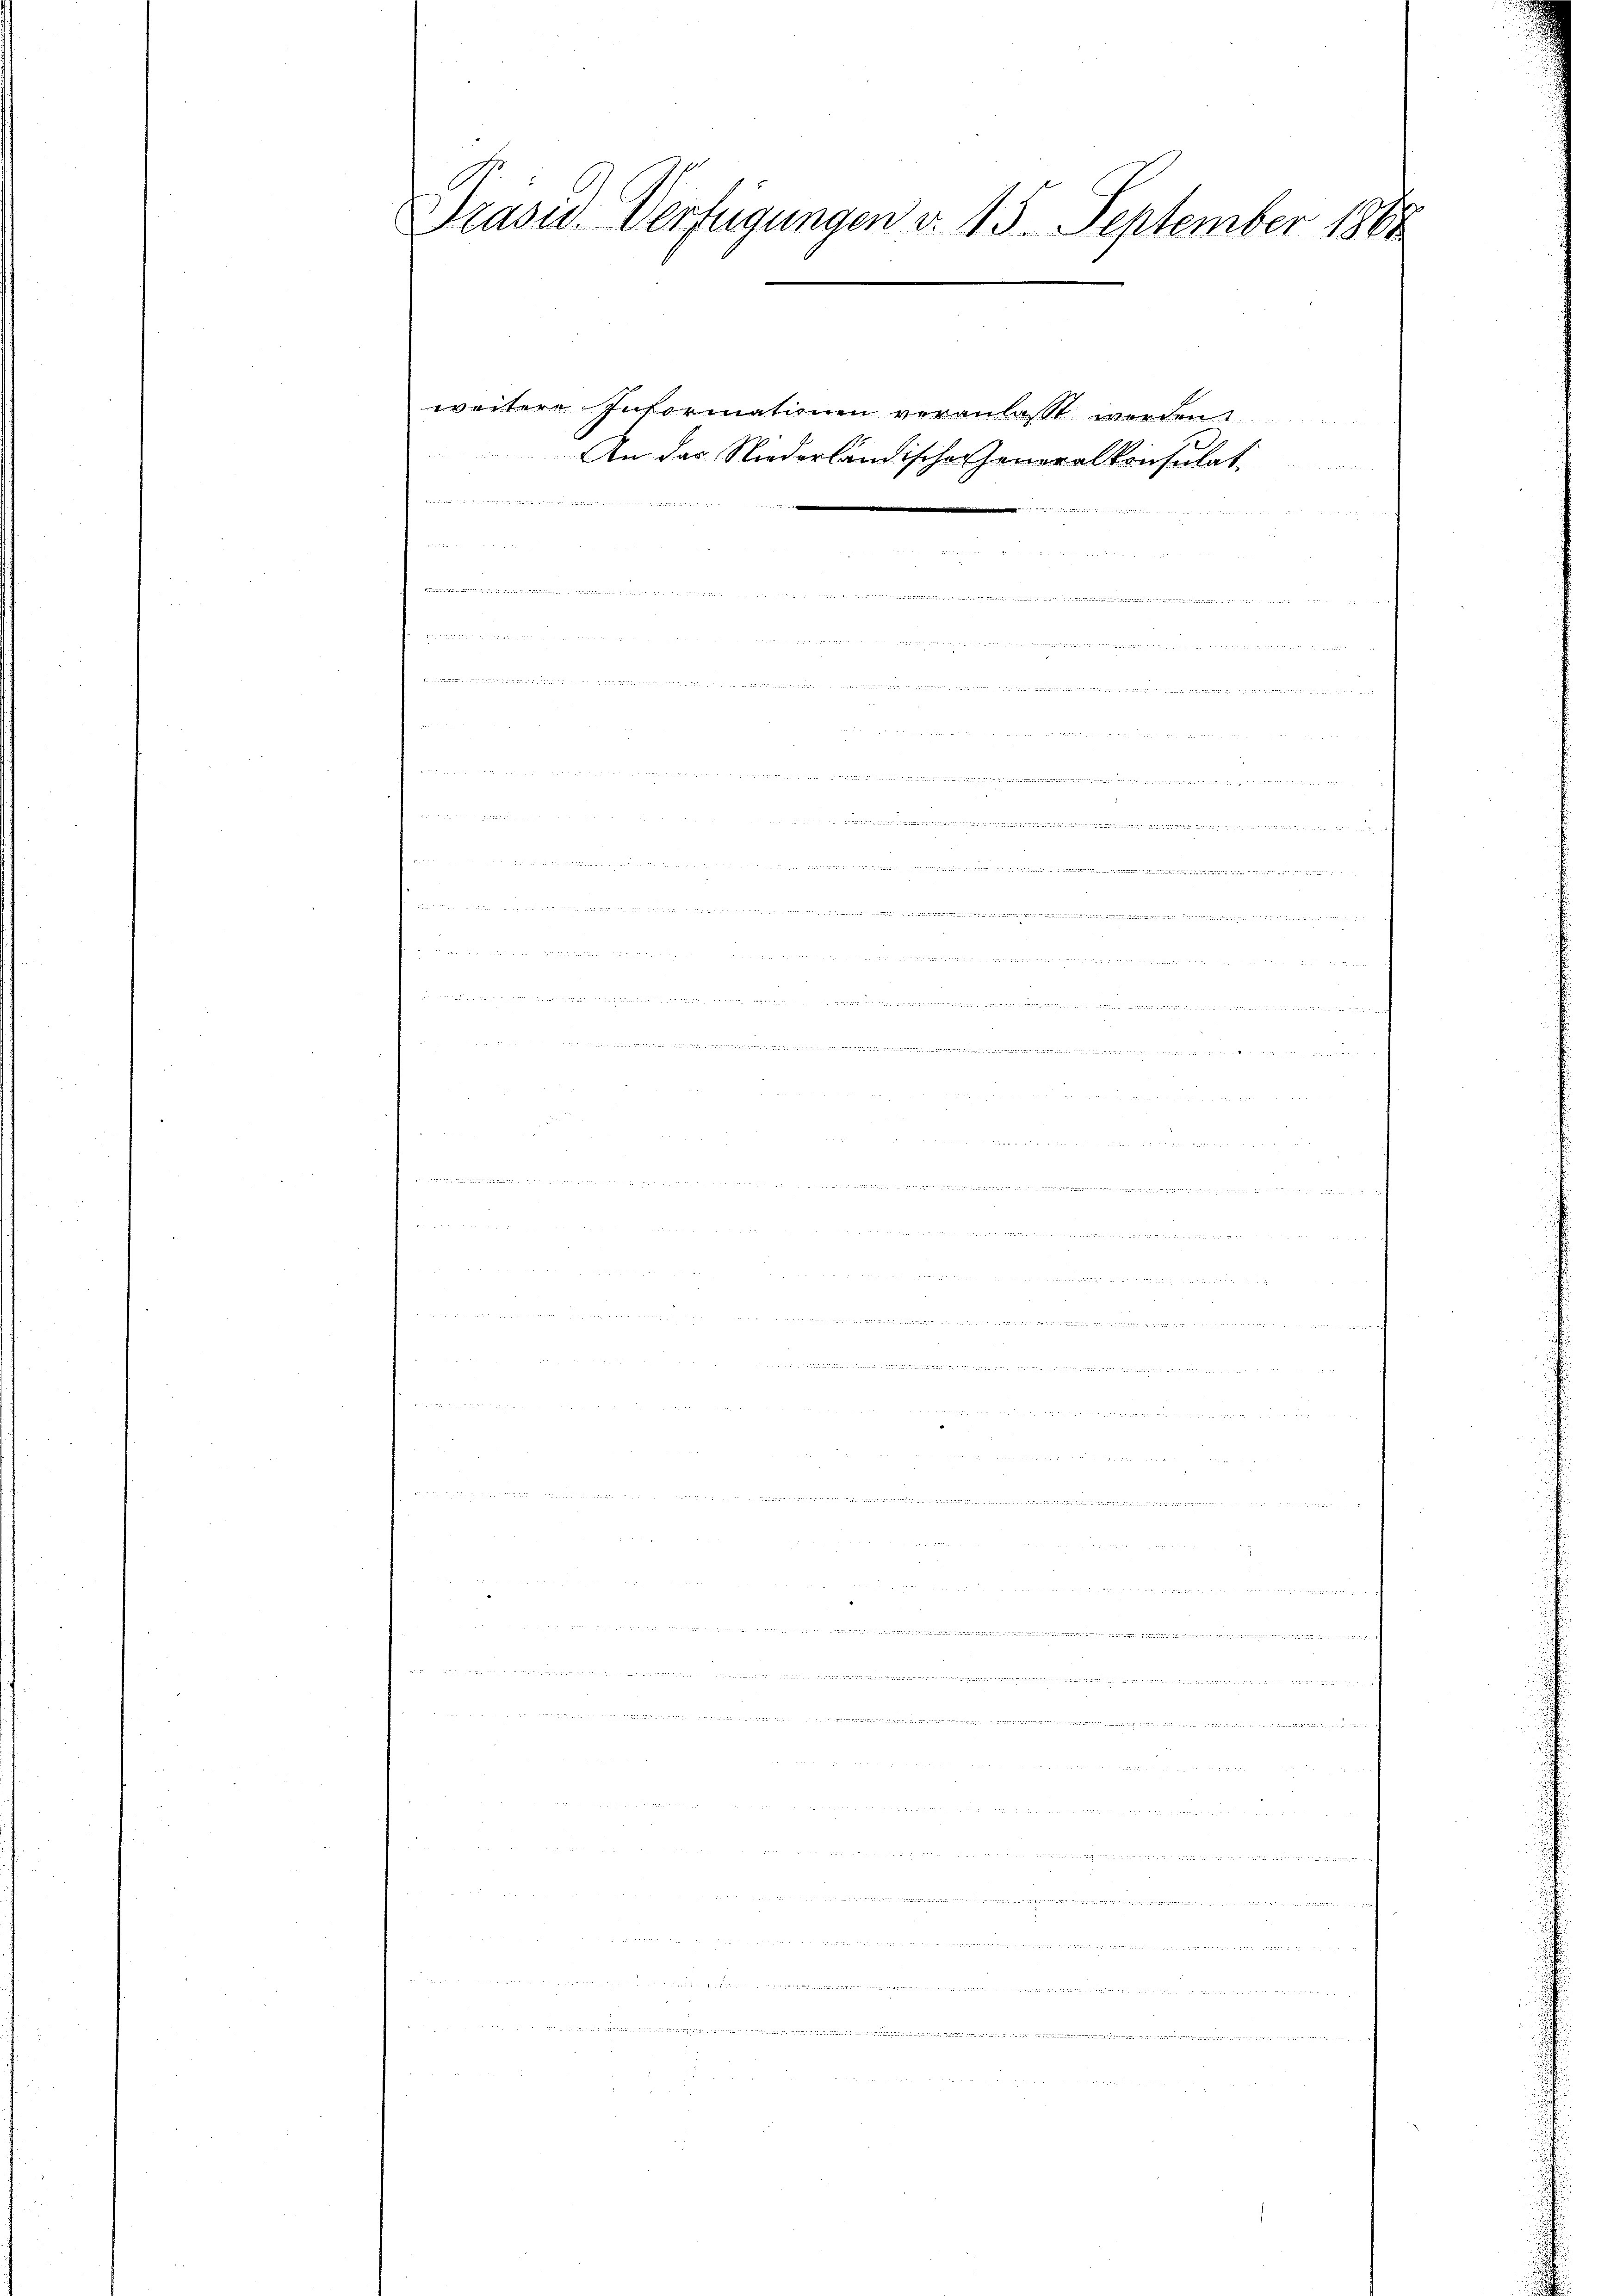
Präsid. Verfügungen d. 13. September 1864

B 1815

weitere Informationen veranlasst werden
An der Niederländischen Generalkonsulat

5
 u gehen in Zürich das

1